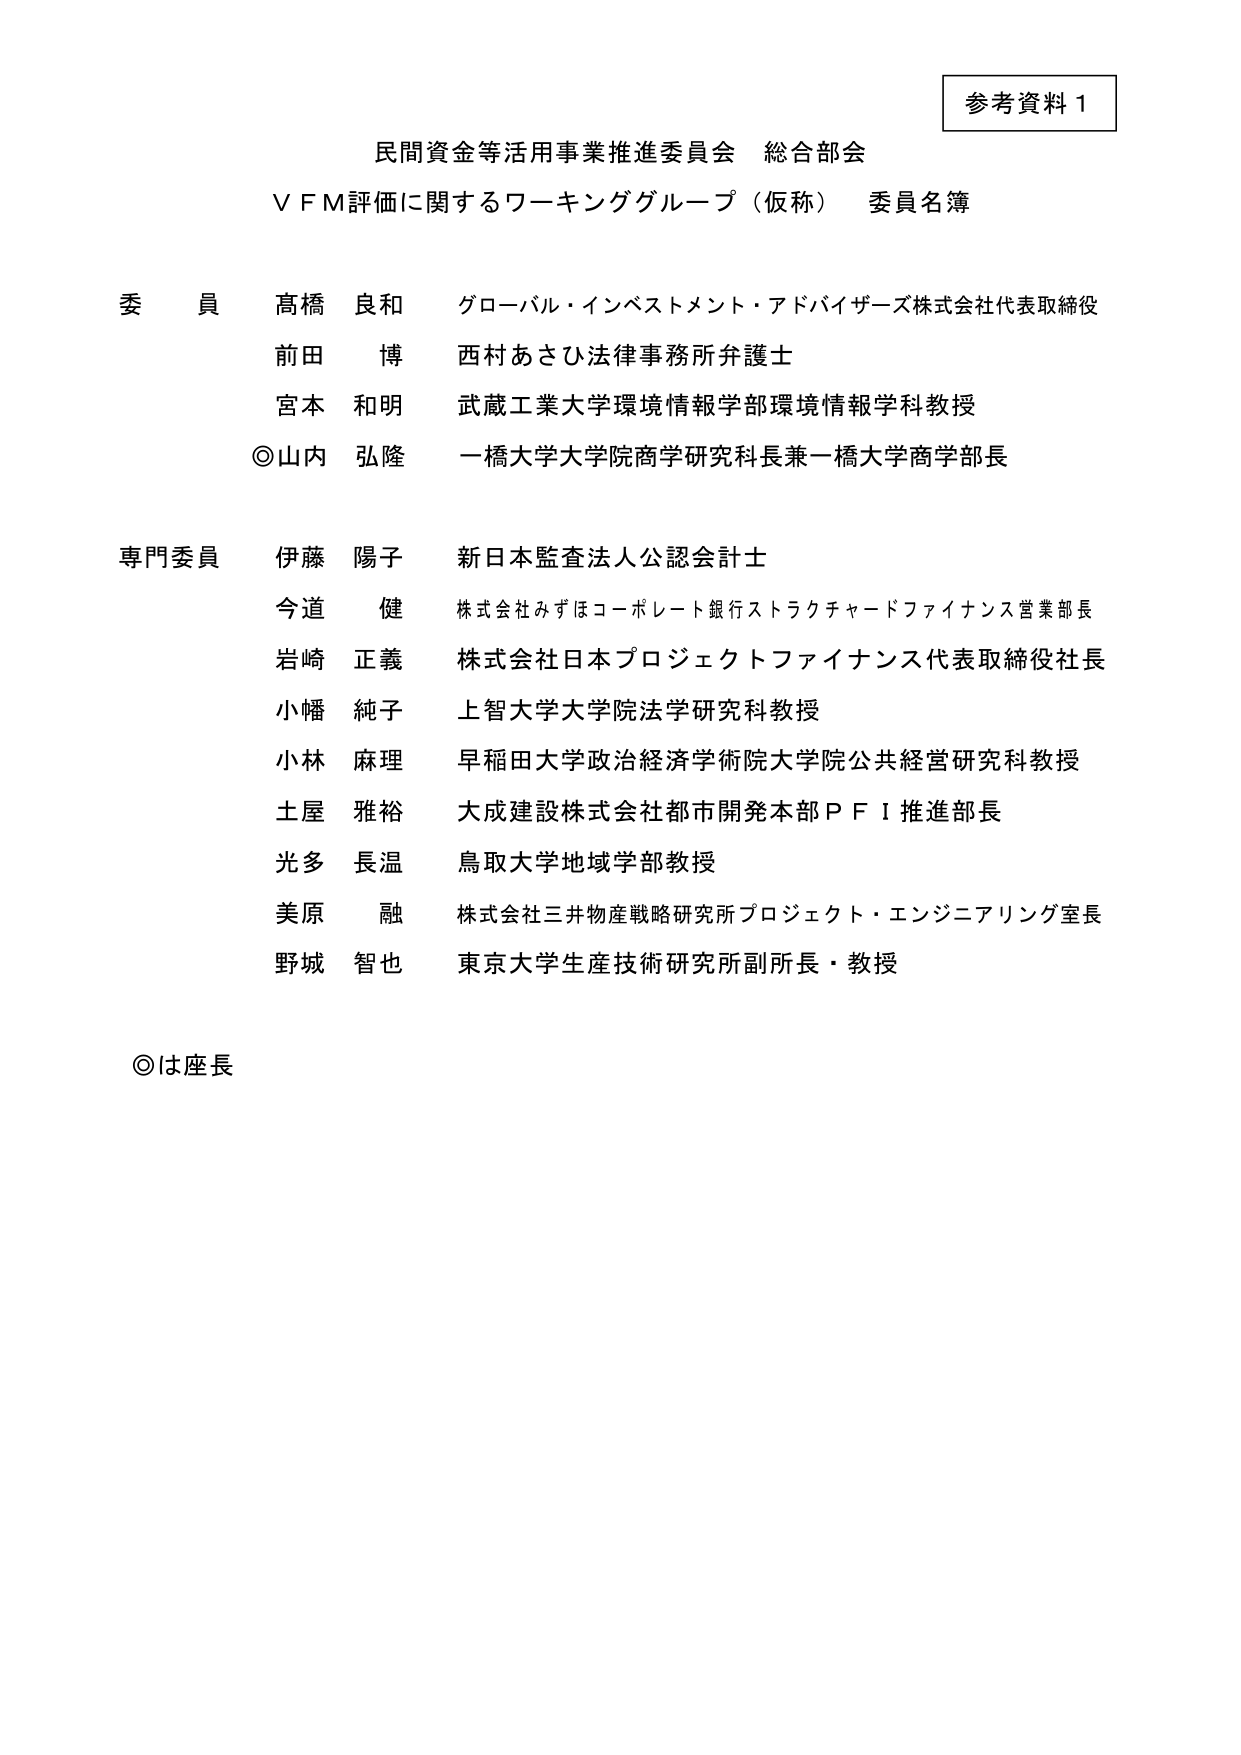
参考資料１

民間資金等活用事業推進委員会 総合部会
ＶＦＭ評価に関するワーキンググループ（仮称） 委員名簿

委員 髙橋 良和 グローバル・インベストメント・アドバイザーズ株式会社代表取締役
前田 博 西村あさひ法律事務所弁護士
宮本 和明 武蔵工業大学環境情報学部環境情報学科教授
◎山内 弘隆 一橋大学大学院商学研究科長兼一橋大学商学部長

専門委員 伊藤 陽子 新日本監査法人公認会計士
今道 健 株式会社みずほコーポレート銀行ストラクチャードファイナンス営業部長
岩崎 正義 株式会社日本プロジェクトファイナンス代表取締役社長
小幡 純子 上智大学大学院法学研究科教授
小林 麻理 早稲田大学政治経済学術院大学院公共経営研究科教授
土屋 雅裕 大成建設株式会社都市開発本部ＰＦＩ推進部長
光多 長温 鳥取大学地域学部教授
美原 融 株式会社三井物産戦略研究所プロジェクト・エンジニアリング室長
野城 智也 東京大学生産技術研究所副所長・教授

◎は座長